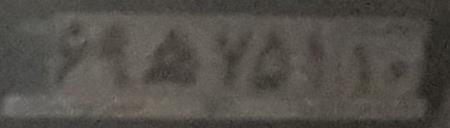
۶۹ه۷۵۱۱۰